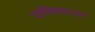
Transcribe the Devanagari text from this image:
पश्चिमायां